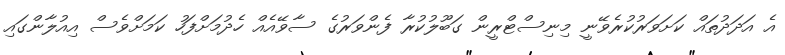
އެ އަދަދުތައް ކަށަވަރުކުރެވޭނީ މިނިސްޓްރީން ގަބޫލުކުރާ ފެންވަރުގެ ސާވޭއެއް ހެދުމަށްފަހު ކަމަށްވެސް އިއުލާންގައި